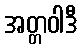
အတ္တဝါဒီ